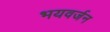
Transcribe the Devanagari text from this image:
भयवर्जन